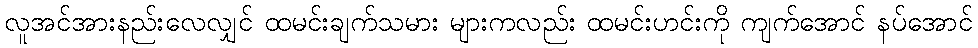
လူအင်အားနည်းလေလျှင် ထမင်းချက်သမား များကလည်း ထမင်းဟင်းကို ကျက်အောင် နပ်အောင်